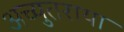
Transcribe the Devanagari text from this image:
अच्युतराया